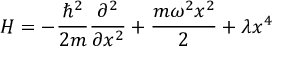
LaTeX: H = - { \frac { \hbar ^ { 2 } } { 2 m } } { \frac { \partial ^ { 2 } } { \partial x ^ { 2 } } } + { \frac { m \omega ^ { 2 } x ^ { 2 } } { 2 } } + \lambda x ^ { 4 }